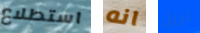
استطلاع انه نزيل